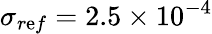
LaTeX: {\sigma_{r\mathrm{e}f}}=2.5\times{10^{-4}}